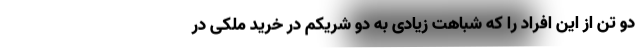
دو تن از این افراد را که شباهت زیادی به دو شریکم در خرید ملکی در